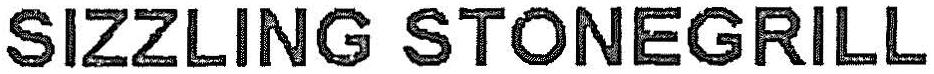
SIZZLING STONEGRILL